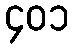
၄၀၁